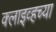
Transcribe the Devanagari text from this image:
क्लाइव्हच्या